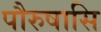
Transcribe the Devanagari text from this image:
पौरुषासि